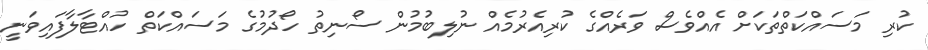
ކުރި މަސައްކަތްތަކަށް އެއްވެސް ވަރެެއްގެ ކުރިއެރުމެއް ނުލިބުމުން ސޯނިތު ހޯދުމުގެ މަސައްކަތް ހުއްޓާލާފައިވަނީ